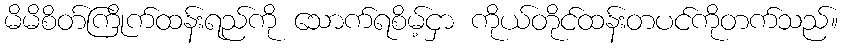
မိမိစိတ်ကြိုက်ထန်းရည်ကို သောက်ရစိမ့်ငှာ ကိုယ်တိုင်ထန်းတပင်ကိုတက်သည်။